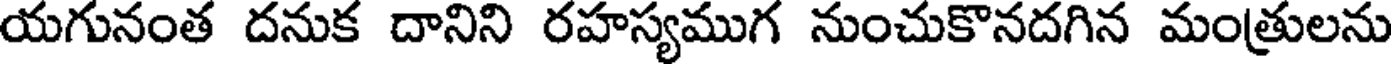
యగునంత దనుక దానిని రహస్యముగ నుంచుకొనదగిన మంత్రులను